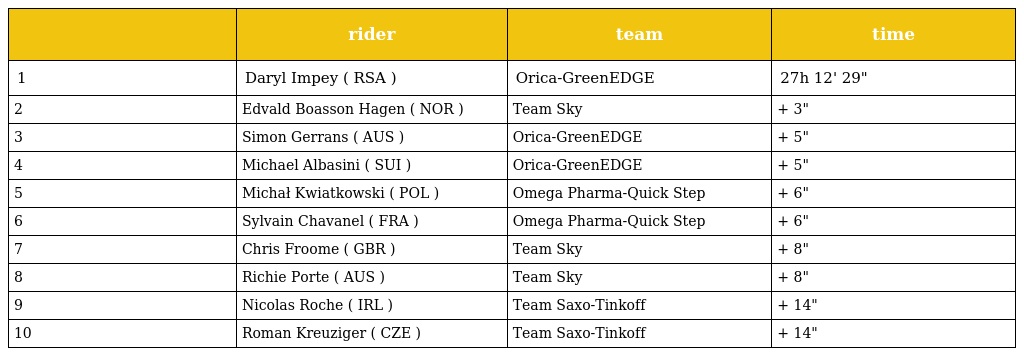
|  | rider | team | time |
 | --- | --- | --- | --- |
 | 1 | Daryl Impey ( RSA ) | Orica-GreenEDGE | 27h 12' 29" |
 | 2 | Edvald Boasson Hagen ( NOR ) | Team Sky | + 3" |
 | 3 | Simon Gerrans ( AUS ) | Orica-GreenEDGE | + 5" |
 | 4 | Michael Albasini ( SUI ) | Orica-GreenEDGE | + 5" |
 | 5 | Michał Kwiatkowski ( POL ) | Omega Pharma-Quick Step | + 6" |
 | 6 | Sylvain Chavanel ( FRA ) | Omega Pharma-Quick Step | + 6" |
 | 7 | Chris Froome ( GBR ) | Team Sky | + 8" |
 | 8 | Richie Porte ( AUS ) | Team Sky | + 8" |
 | 9 | Nicolas Roche ( IRL ) | Team Saxo-Tinkoff | + 14" |
 | 10 | Roman Kreuziger ( CZE ) | Team Saxo-Tinkoff | + 14" |